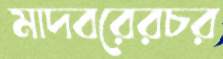
মাদবরেরচর